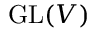
\operatorname { G L } ( V )